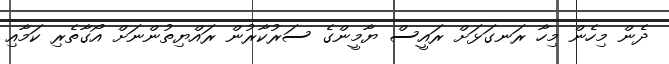
ދެން މިހެން މިހާ ރަނގަޅަށް ރައީސް ޔާމީންގެ ސަރުކާރުން ރައްޔިތުންނަށް އޯގާތެރި ކަމާއި